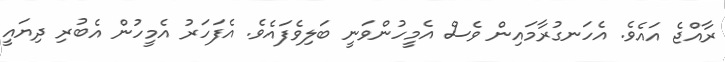
ރާއްޖެ އައެވެ. އެހަނގުރާމައިން ވެސް އެމީހުންވަނީ ބަލިވެފައެވެ. އެފަހަރު އެމީހުން އެބުރި ދިޔައީ